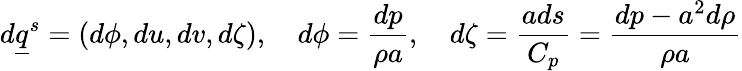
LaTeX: d\underline{{q}}^{s}=(d\phi,du,dv,d\zeta),\quad d\phi=\frac{dp}{\rho a},\quad d\zeta=\frac{ads}{C_{p}}=\frac{dp-a^{2}d\rho}{\rho a}